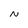
Character: N